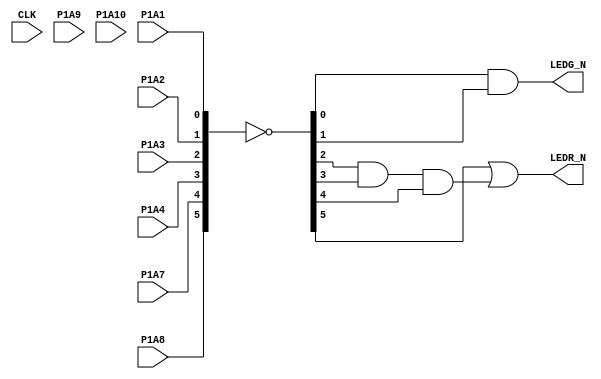
module top(
    input  CLK,     // 12 MHz Hardware clock input

    // PMOD 1 inputs:
    input P1A1,
    input P1A2,
    input P1A3,
    input P1A4,
    input P1A7,
    input P1A8,
    input P1A9,
    input P1A10,

    output LEDG_N,  // Hardware green LED output
	output LEDR_N,  // Hardware red LED output
);

// Define a bus that is wired directly to the 8 dip switches on the PMOD breakout
wire [7:0] sw = ~{P1A10, P1A9, P1A8, P1A7, P1A4, P1A3, P1A2, P1A1};

// For some reason the AND gates act as OR gates, and the OR gates act as AND gates?????

and(LEDG_N, sw[0], sw[1]);      // Create an AND gate, with SW0 and SW1 as inputs and the green LED as an output
and(x, sw[2], sw[3], sw[4]);    // Create an OR gate, with SW2, SW3, and SW4 as inputs and 'x' as an output
or(LEDR_N, sw[5], x);           // Create an OR gate with SW5 and 'x' as inputs, and the red LED as the

// In the second AND gate above, we implicitly define the output wure 'x'. This isn't the best style, but it does work
// Alternitavley, we could define x by adding 'wire x;' as a line before we instantiate the AND gate
// Both methods create the 'x' wire, which is then used as an input to the OR gate

endmodule